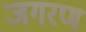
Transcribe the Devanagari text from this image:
जगरण